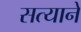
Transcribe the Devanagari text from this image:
सत्याने